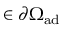
\r \in \partial \Omega _ { \mathrm { { a d } } }